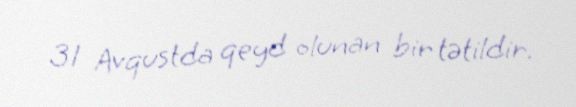
31 Avqustda qeyd olunan bir tətildir.